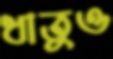
ধাতুও